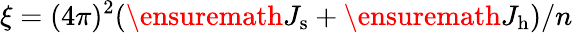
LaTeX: \xi=(4\pi)^{2}(\ensuremath{J_{\mathrm{s}}}+\ensuremath{J_{\mathrm{h}}})/n